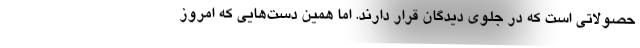
حصولاتی است که در جلوی دیدگان قرار دارند. اما همین دست‌هایی که امروز